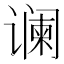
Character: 谰